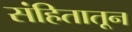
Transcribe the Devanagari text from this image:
संहितातून